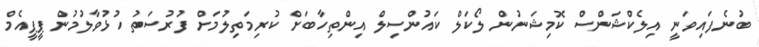
ބުނެފައިވަނީ އިލެކްޝަންސް ކޮމިޝަނުން ލޯކަލް ކައުންސިލް އިންތިހާބަށް ކުރިމަތިލުމަށް ފުރުސަތު ހުޅުވާލުމުން ޕީޕީއެމް